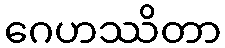
ဂေဟဿိတာ